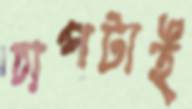
চাপটাই